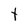
Character: t